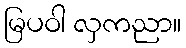
မြပဝါ လှကညာ။